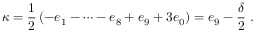
\kappa = \frac { 1 } { 2 } \left( - e _ { 1 } - \dots - e _ { 8 } + e _ { 9 } + 3 e _ { 0 } \right) = e _ { 9 } - \frac { \delta } { 2 } \ .